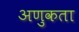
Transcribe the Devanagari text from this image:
अणुकता